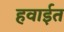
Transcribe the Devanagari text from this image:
हवाईत